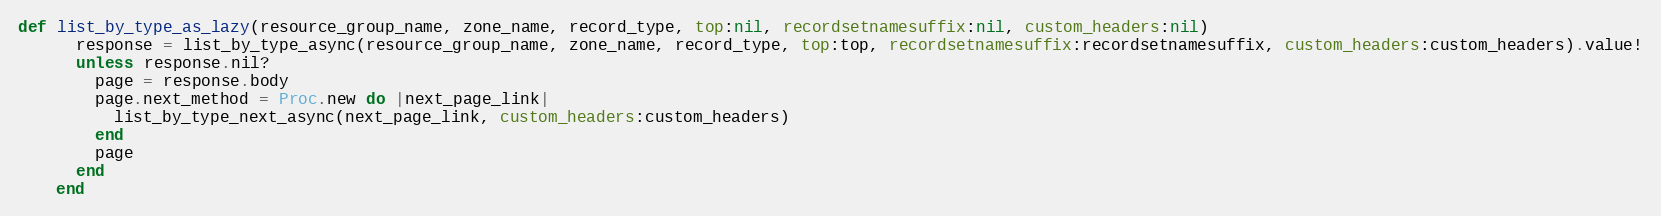
Language: Ruby
def list_by_type_as_lazy(resource_group_name, zone_name, record_type, top:nil, recordsetnamesuffix:nil, custom_headers:nil)
      response = list_by_type_async(resource_group_name, zone_name, record_type, top:top, recordsetnamesuffix:recordsetnamesuffix, custom_headers:custom_headers).value!
      unless response.nil?
        page = response.body
        page.next_method = Proc.new do |next_page_link|
          list_by_type_next_async(next_page_link, custom_headers:custom_headers)
        end
        page
      end
    end